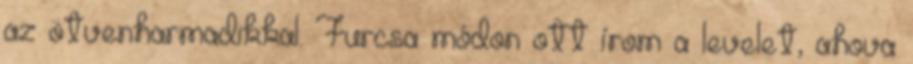
az ötvenharmadikkal. Furcsa módon ott írom a levelet, ahova